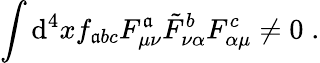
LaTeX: \int\mathrm{d}^{4}xf_{\mathfrak{a}bc}F_{\mu\nu}^{\mathfrak{a}}\tilde{{F}}_{\nu\alpha}^{b}F_{\alpha\mu}^{c}\ne0\; .